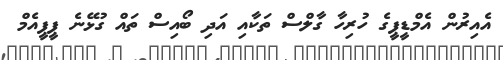
އެއިރުން އެމްޑީޕީގެ ހުރިހާ ގާލްސް ތަކާއި އަދި ބޯއިސް ތައް ގުޅޭނެ ޕީޕީއެމް